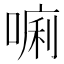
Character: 𱔀